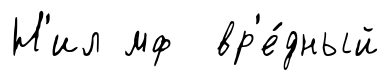
Н'ил мф вр'е́дный